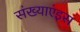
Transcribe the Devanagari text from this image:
संख्याएंइस